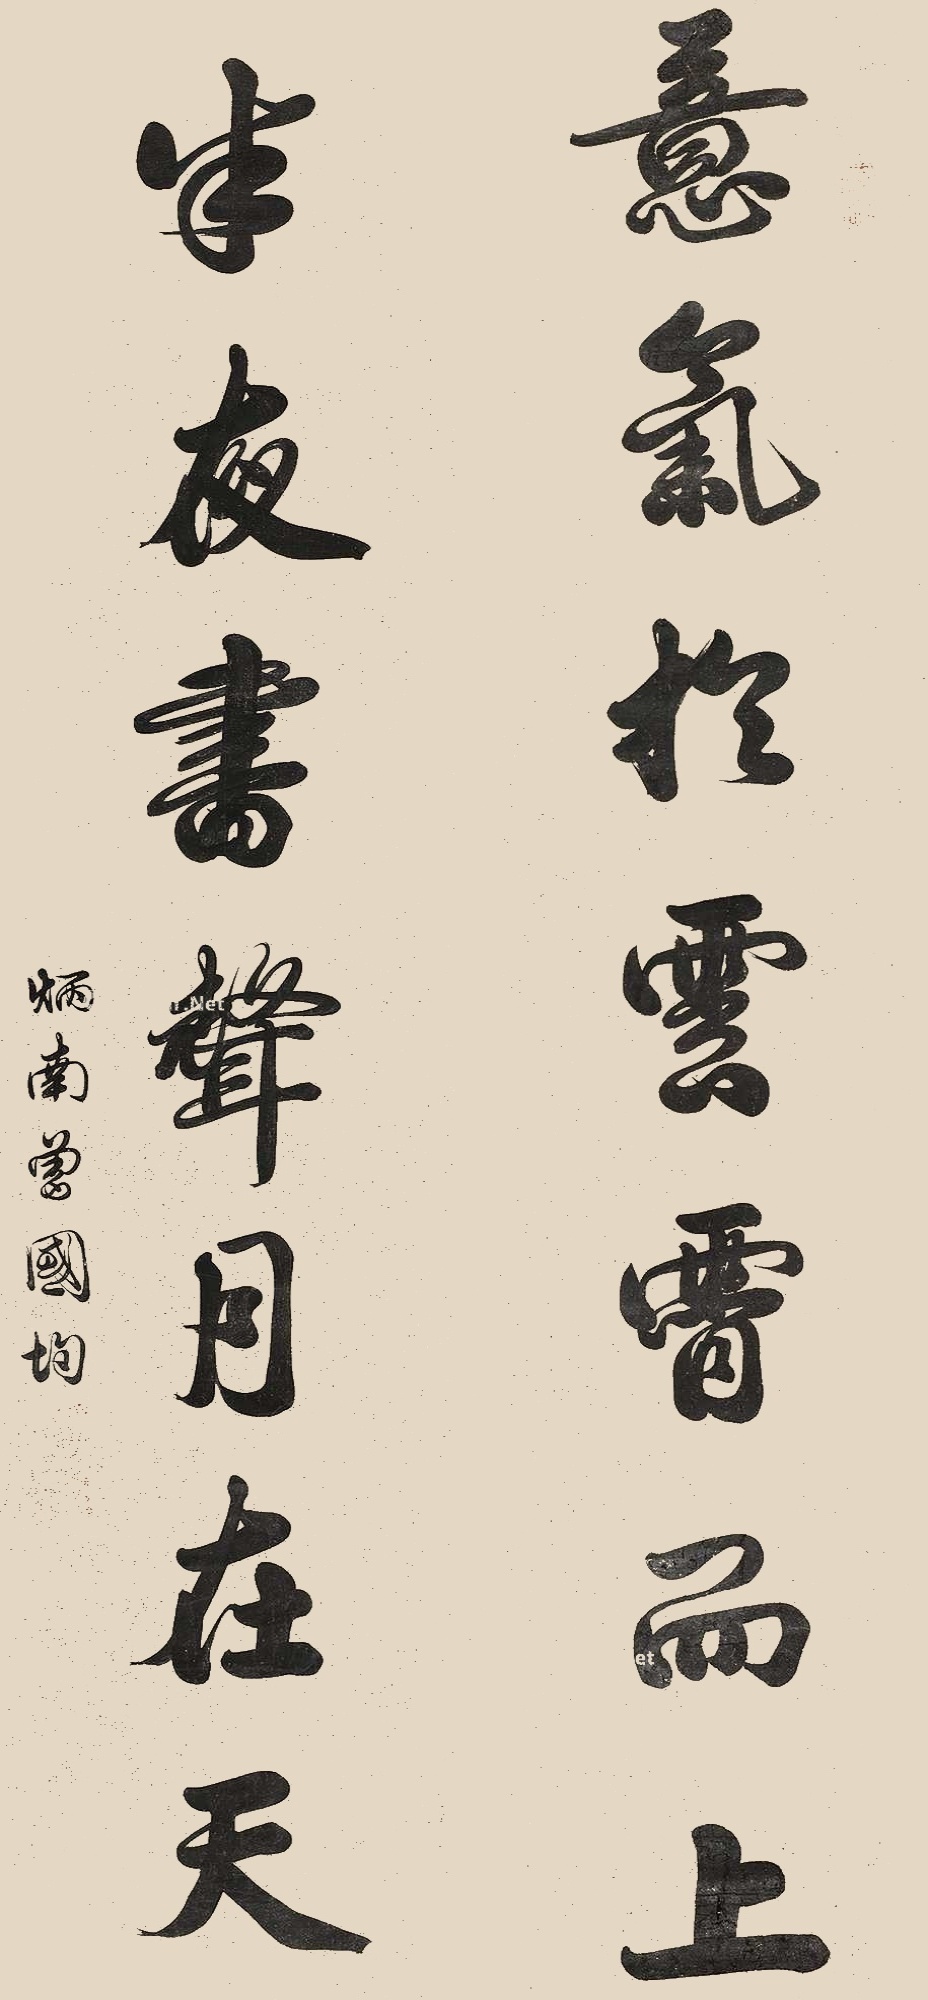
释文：意气于云霄而上，半夜书声月在天。炳南曾国均。